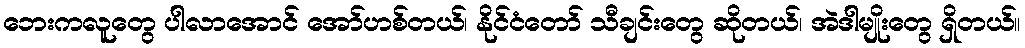
ဘေးကလူတွေ ပါလာအောင် အော်ဟစ်တယ်၊ နိုင်ငံတော် သီချင်းတွေ ဆိုတယ်၊ အဲဒါမျိုးတွေ ရှိတယ်။